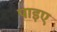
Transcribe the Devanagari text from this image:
पाइए